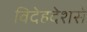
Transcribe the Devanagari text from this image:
विदेहदेशसे